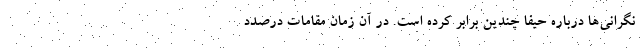
نگرانی‌ها درباره حیفا چندین برابر کرده است. در آن زمان مقامات درصدد